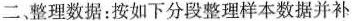
二、整理数据：按如下分段整理样本数据并补